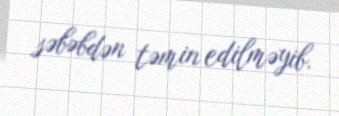
səbəbdən təmin edilməyib.